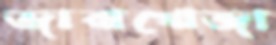
জারাগোজা